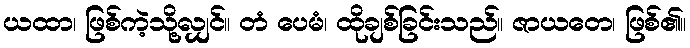
ယထာ၊ ဖြစ်ကဲ့သို့လျှင်။ တံ ပေမံ၊ ထိုချစ်ခြင်းသည်။ ဇာယတေ၊ ဖြစ်၏။